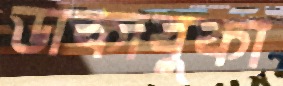
ডাকাবুকা